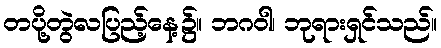
တပို့တွဲလပြည့်နေ့၌။ ဘဂဝါ၊ ဘုရားရှင်သည်။